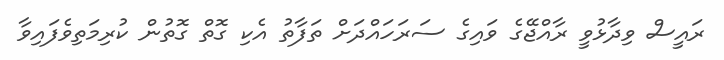
ރައީސް ވިދާޅުވީ ރާއްޖޭގެ ވައިގެ ސަރަހައްދަށް ތަފާތު އެކި ގޮތް ގޮތުން ކުރިމަތިވެފައިވާ